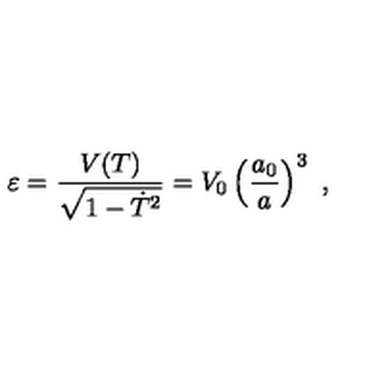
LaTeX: \varepsilon = { \frac { V ( T ) } { \sqrt { 1 - \dot { T } ^ { 2 } } } } = V _ { 0 } \left( { \frac { a _ { 0 } } { a } } \right) ^ { 3 } \ ,